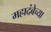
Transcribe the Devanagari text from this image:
महादंबेच्या